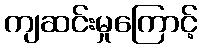
ကျဆင်းမှုကြောင့်